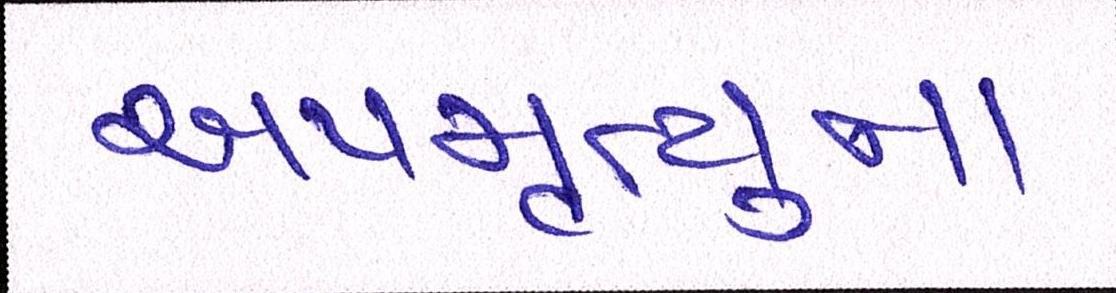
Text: અપમૃત્યુના